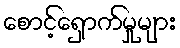
စောင့်ရှောက်မှုများ